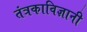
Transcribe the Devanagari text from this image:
तंत्रकाविज्ञानी